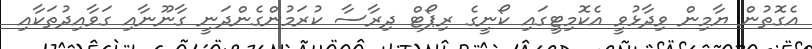
އެގޮތުން ޔާމިން ވިދާޅުވީ އެކޮމިޓީގައި ކޯނީގެ ރިޕޯޓް ދިރާސާ ކުރަމުންގެންދަނީ ގާނޫނާއި ގަވާއިދުތަކާއި